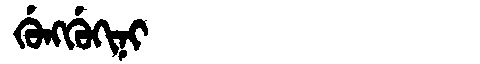
Manchu: ᡤᡠᠩᡤᡠᡴᡳᠨᡳ
Romanization: GUNGGUKINI